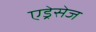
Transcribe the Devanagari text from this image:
एड्रेसेज